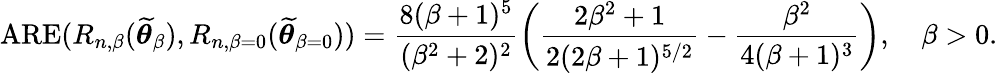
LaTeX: \mathrm{ARE}(R_{n,\beta}(\widetilde{\boldsymbol{\theta}}_{\beta}),R_{n,\beta=0}(\widetilde{\boldsymbol{\theta}}_{\beta=0}))=\frac{8(\beta+1)^{5}}{(\beta^{2}+2)^{2}}\left(\frac{2\beta^{2}+1}{2(2\beta+1)^{5/2}}-\frac{\beta^{2}}{4(\beta+1)^{3}}\right),\quad\beta>0.